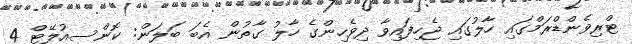
ޓްރިވެންޑްރަމްގައި ހާލުގައި ޖެހިފައިވާ ދިވެހިންގެ ހާލު ގާތުން އެބަ ބަލަން: ކޮންސިއުލޭޓް 4